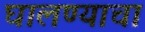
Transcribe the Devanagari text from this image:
घालण्‍याचा